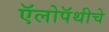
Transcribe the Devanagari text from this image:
ऍलोपॅथीचे